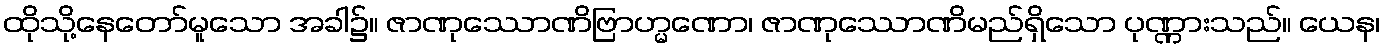
ထိုသို့နေတော်မူသော အခါ၌။ ဇာဏုဿောဏိဗြာဟ္မဏော၊ ဇာဏုဿောဏိမည်ရှိသော ပုဏ္ဏားသည်။ ယေန၊